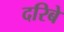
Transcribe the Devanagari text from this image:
दरिबे